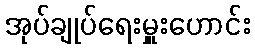
အုပ်ချုပ်ရေးမှူးဟောင်း